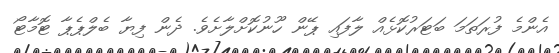
އެންމެ ފުރަތަމަ ބަޓަރުކޮޅެއް ލާފައި ޕޭން ހޫނުކޮށްލާށެވެ. ދެން ފިޔާ ބެލްޕެޕާ ޓޮމާޓޯ